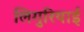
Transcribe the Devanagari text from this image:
लिगुरियाई